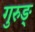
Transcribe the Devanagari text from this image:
गुरुङ्‌